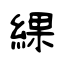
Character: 綶